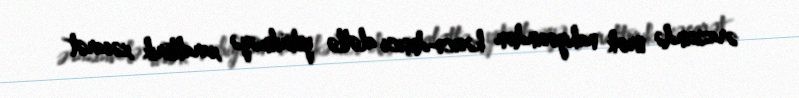
ərazisində ürək nahiyəsindən kəsici-deşici alətlə yetirilməyə xarakterik xəsarət